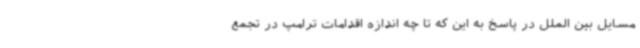
مسایل بین الملل در پاسخ به این که تا چه اندازه اقدامات ترامپ در تجمع